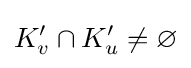
K'_{v}\cap K'_{u}\neq \varnothing